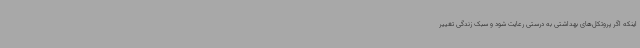
اینکه اگر پروتکل‌های بهداشتی به درستی رعایت شود و سبک زندگی تغییر